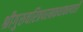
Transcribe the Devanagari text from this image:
श्रीगुरुचरित्रपरमकथाकल्पतरौ